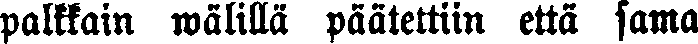
palkkain wälillä päätettiin että sama